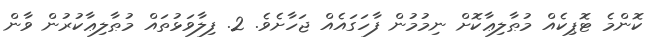
ކޮންމެ ޓޮޕިކެއް މުޠާލިޢާކޮށް ނިމުމުން ފާހަގައެއް ޖަހާށެވެ. 2. ފިލާވަޅުތައް މުޠާލިޢާކުރުން ވާން